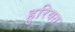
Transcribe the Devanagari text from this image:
हुरियत